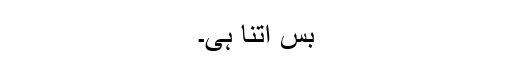
بس اتنا ہی۔